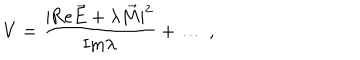
LaTeX: V = { \frac { | \mathrm { R e } \vec { E } + \lambda \vec { M } | ^ { 2 } } { \mathrm { I m } \lambda } } + \dots \ ,